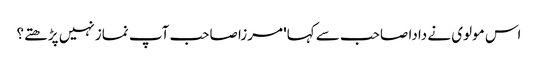
اس مولوی نے دادا صاحب سے کہا' مرزا صاحب آپ نماز نہیں پڑھتے؟